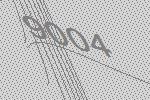
9004